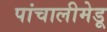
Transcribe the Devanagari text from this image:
पांचालीमेडू